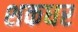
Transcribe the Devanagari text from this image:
शकधर